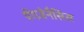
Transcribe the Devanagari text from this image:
पेंगजेनैसिस